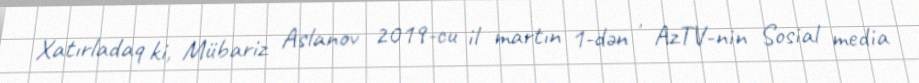
Xatırladaq ki, Mübariz Aslanov 2019-cu il martın 1-dən , AzTV-nin Sosial media